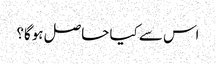
اس سے کیا حاصل ہوگا؟